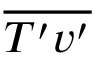
\overline { { { T } ^ { \prime } { v } ^ { \prime } } }